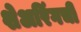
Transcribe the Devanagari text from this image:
शेअरिंगची